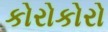
કોરોકોરો